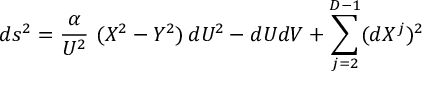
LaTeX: d s ^ { 2 } = \frac { \alpha } { U ^ { 2 } } ~ ( X ^ { 2 } - Y ^ { 2 } ) \, d U ^ { 2 } - d U d V + \sum _ { j = 2 } ^ { D - 1 } ( d X ^ { j } ) ^ { 2 }